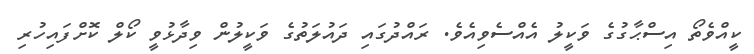
ކީއްވެތޯ އިސްޙާގުގެ ވަކީލު އެއްސެވިއެވެ. ރައްދުގައި ދައުލަތުގެ ވަކީލުން ވިދާޅުވީ ކޯލް ކޮށްފައިހުރި